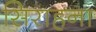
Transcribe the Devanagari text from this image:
सिराहना